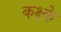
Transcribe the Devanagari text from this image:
कक्ष्के